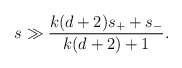
\begin{align*}s \gg {k(d+2) s_+ +s_- \over k(d+2) +1}. \end{align*}